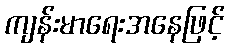
ကျန်းမာရေးအနေဖြင့်